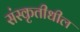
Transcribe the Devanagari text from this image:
संस्कृतीधील